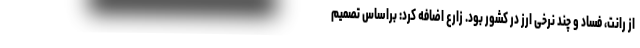
از رانت، فساد و چند نرخی ارز در کشور بود. زارع اضافه کرد: براساس تصمیم